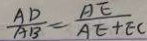
\frac { A D } { A B } = \frac { A E } { A E + E C }